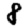
Digit: 8